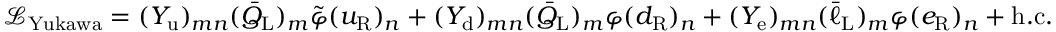
{ \mathcal { L } } _ { \mathrm { Y u k a w a } } = ( Y _ { \mathrm { u } } ) _ { m n } ( { \bar { Q } } _ { \mathrm { L } } ) _ { m } { \tilde { \varphi } } ( u _ { \mathrm { R } } ) _ { n } + ( Y _ { \mathrm { d } } ) _ { m n } ( { \bar { Q } } _ { \mathrm { L } } ) _ { m } \varphi ( d _ { \mathrm { R } } ) _ { n } + ( Y _ { \mathrm { e } } ) _ { m n } ( { \bar { \ell } } _ { \mathrm { L } } ) _ { m } { \varphi } ( e _ { \mathrm { R } } ) _ { n } + \mathrm { h . c . }